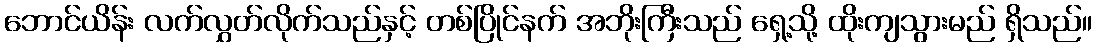
ဘောင်ယိန်း လက်လွှတ်လိုက်သည်နှင့် တစ်ပြိုင်နက် အဘိုးကြီးသည် ရှေ့သို့ ထိုးကျသွားမည် ရှိသည်။